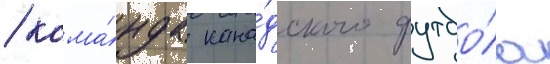
/ кома́нда кана́дского футбо́ла